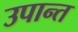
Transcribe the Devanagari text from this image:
उपान्त